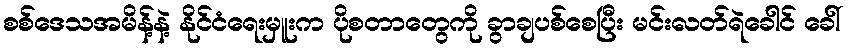
စစ်ဒေသအမိန့်နဲ့ နိုင်ငံရေးမှူးက ပိုစတာတွေကို ခွာချပစ်စေပြီး မင်းလတ်ရဲခေါင် ခေါ်